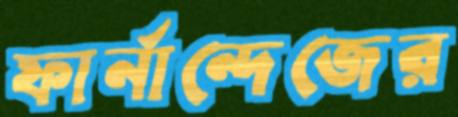
ফার্নান্দেজের